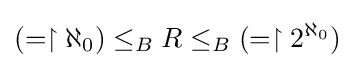
(=\upharpoonright \aleph _{0})\leq _{B}R\leq _{B}(=\upharpoonright 2^{\aleph _{0}})